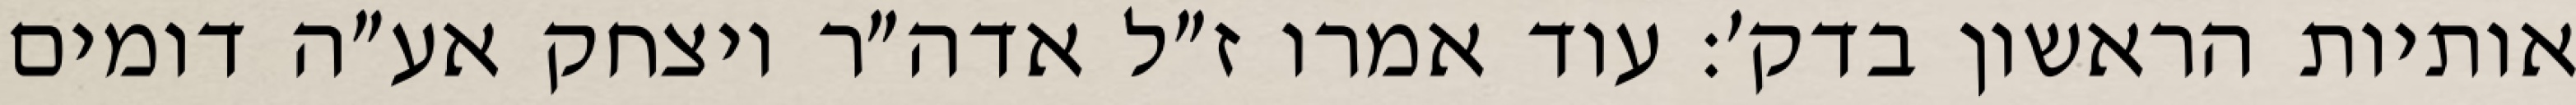
אותיות הראשון בדק׳: עוד אמרו ז״ל אדה״ר ויצחק אע״ה דומים